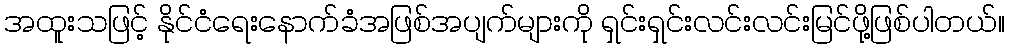
အထူးသဖြင့် နိုင်ငံရေးနောက်ခံအဖြစ်အပျက်များကို ရှင်းရှင်းလင်းလင်းမြင်ဖို့ဖြစ်ပါတယ်။